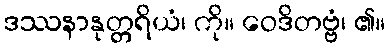
ဒဿနာနုတ္တရိယံ၊ ကို။ ဝေဒိတဗ္ဗံ၊ ၏။